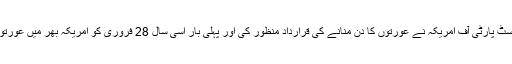
1909 میں سوشلسٹ پارٹی آف امریکہ نے عورتوں کا دن منانے کی قرارداد منظور کی اور پہلی بار اسی سال 28 فروری کو امریکہ بھر میں عورتوں کا دن منایا گیا۔